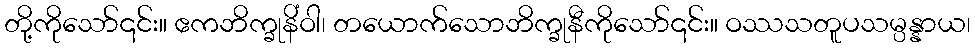
တို့ကိုသော်၎င်း။ ဧကဘိက္ခုနိံဝါ၊ တယောက်သောဘိက္ခုနီကိုသော်၎င်း။ ဝဿသတူပသမ္ပန္နာယ၊